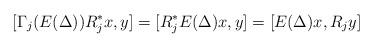
LaTeX: \begin{align*}[\Gamma_j(E(\Delta)) R_j^*x, y] = [R_j^* E(\Delta) x,y] = [E(\Delta) x, R_j y] \end{align*}